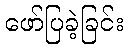
ဖော်ပြခဲ့ခြင်း